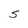
Character: S